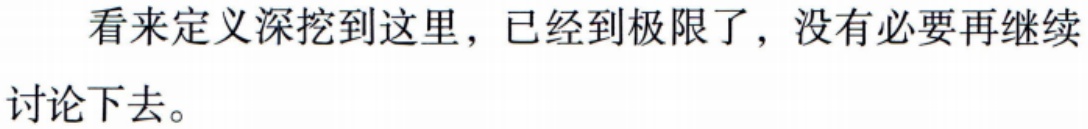
看来定义深挖到这里，已经到极限了，没有必要再继续讨论下去。